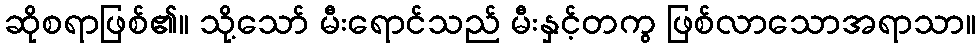
ဆိုစရာဖြစ်၏။ သို့သော် မီးရောင်သည် မီးနှင့်တကွ ဖြစ်လာသောအရာသာ။